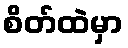
စိတ်ထဲမှာ